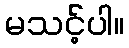
မသင့်ပါ။